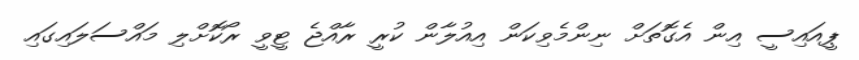
ޕީއައިސީ އިން އެގޮތަށް ނިންމެވިކަން އިއުލާން ކުރީ ރާއްޖެ ޓީވީ ރޯކޮށްލި މައްސަލައިގައި